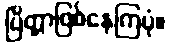
ပြိတ္တာဖြစ်နေကြပုံ။